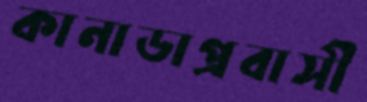
কানাডাপ্রবাসী